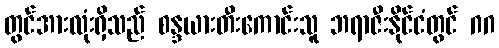
တွင်အားလုံးရှိသည် စန္ဒယားတီးကောင်းသူ ဘရာဇီးနိုင်ငံတွင် ဂဂ